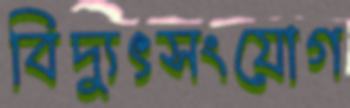
বিদ্যুৎসংযোগ